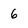
Character: 6